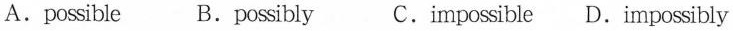
A. possible B. possibly C. impossible D. impossibly